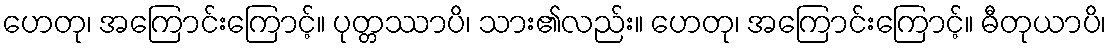
ဟေတု၊ အကြောင်းကြောင့်။ ပုတ္တဿာပိ၊ သား၏လည်း။ ဟေတု၊ အကြောင်းကြောင့်။ ဓီတုယာပိ၊